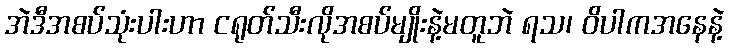
အဲဒီအစပ်သုံးပါးဟာ ငရုတ်သီးလိုအစပ်မျိုးနဲ့မတူဘဲ ရသ၊ ဝိပါကအနေနဲ့